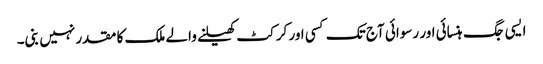
ایسی جگ ہنسائی اور رسوائی آج تک کسی اور کرکٹ کھیلنے والے ملک کا مقدر نہیں بنی۔